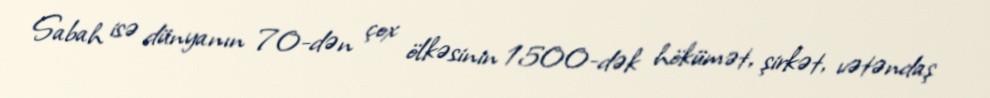
Sabah isə dünyanın 70-dən çox ölkəsinin 1500-dək hökümət, şirkət, vətəndaş